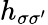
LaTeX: h_{\sigma\sigma^{\prime}}